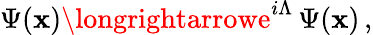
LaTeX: \Psi(\mathbf{x})\longrightarrowe^{i\Lambda}\, \Psi(\mathbf{x})\, ,